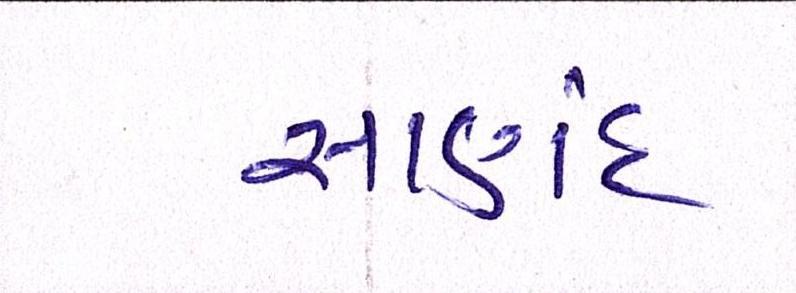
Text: સાણંદ